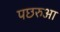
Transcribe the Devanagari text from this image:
पछरुआ